Civil Veterinary Department Bihar & Orissa reports 1922-29 - 1922-1929
Year: 1922
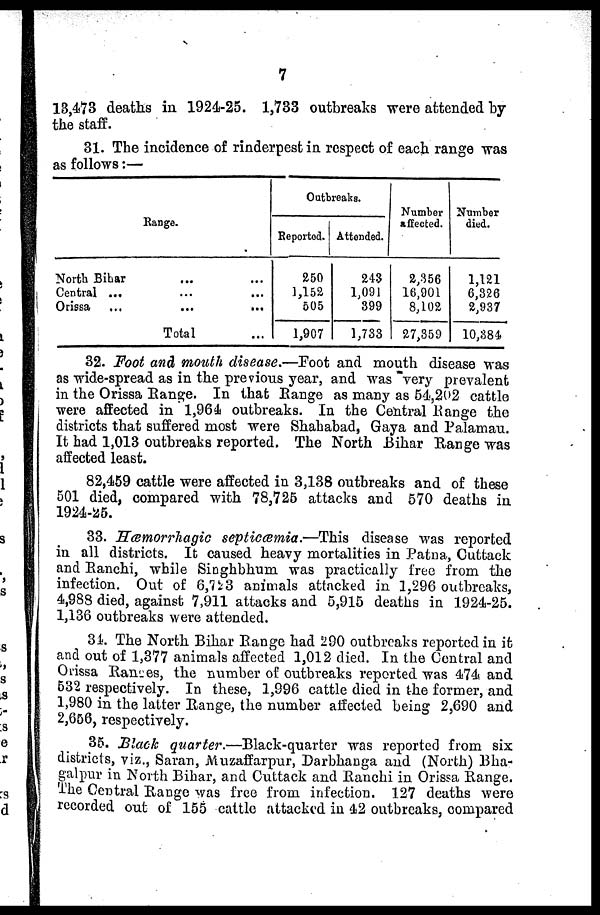
7
13,473 deaths in 1924-25. 1,733 outbreaks were attended by
the staff.
31. The incidence of rinderpest in respect of each range was
as follows:—
Range.
North Bihar ... ...
Central ... ... ...
Orissa ... ... ...
Total ...
Outbreaks.
Reportod.
250
1,152
505
1,907
Attended.
243
1,091
399
1,733
Number
affected.
2,356
16,901
8,102
27,359
Number
died.
1,121
6,326
2,937
10,384
32. Foot and mouth disease.—Foot and mouth disease was
as wide-spread as in the previous year, and was very prevalent
in the Orissa Range. In that Range as many as 54,202 cattle
were affected in 1,964 outbreaks. In the Central Range the
districts that suffered most were Shahabad, Gaya and Palamau.
It had 1,013 outbreaks reported. The North Bihar Range was
affected least.
82,459 cattle were affected in 3,138 outbreaks and of these
501 died, compared with 78,725 attacks and 570 deaths in
1924-25.
33. Hæmorrhagic septicaemia.—This disease was reported
in all districts. It caused heavy mortalities in Patna, Cuttack
and Ranchi, while Singhbhum was practically free from the
infection. Out of 6,723 animals attacked in 1,296 outbreaks,
4,988 died, against 7,911 attacks and 5,915 deaths in 1924-25.
1,136 outbreaks were attended.
34 The North Bihar Range had 290 outbreaks reported in it
and out of 1,377 animals affected 1,012 died. In the Central and
Orissa Rances, the number of outbreaks reported was 474 and
532 respectively. In these, 1,996 cattle died in the former, and
1,980 in the latter Range, the number affected being 2,690 and
2,656, respectively.
35. Black quarter.—Black-quarter
was reported from six
districts, viz., Saran, Muzaffarpur, Darbhacga and (North) Bha-
galpur in North Bihar, and Cuttack and Ranchi in Orissa Range.
The Central Range was free from infection. 127 deaths were
recorded out of 155 cattle attacked in 42 outbreaks, compared